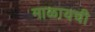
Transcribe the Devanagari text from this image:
माळायची